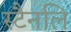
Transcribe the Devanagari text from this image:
स्टैनलि